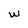
Character: w